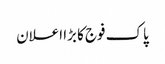
پاک فوج کا بڑا اعلان